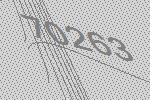
70263